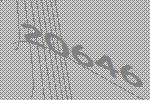
20646